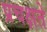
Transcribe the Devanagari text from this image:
प्रचक्षते